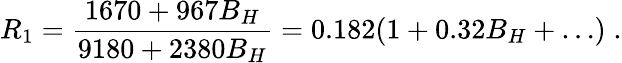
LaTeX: R_{1}={\frac{1670+967B_{H}}{9180+2380B_{H}}}=0.182(1+0.32B_{H}+\dots)\; .